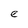
Character: e